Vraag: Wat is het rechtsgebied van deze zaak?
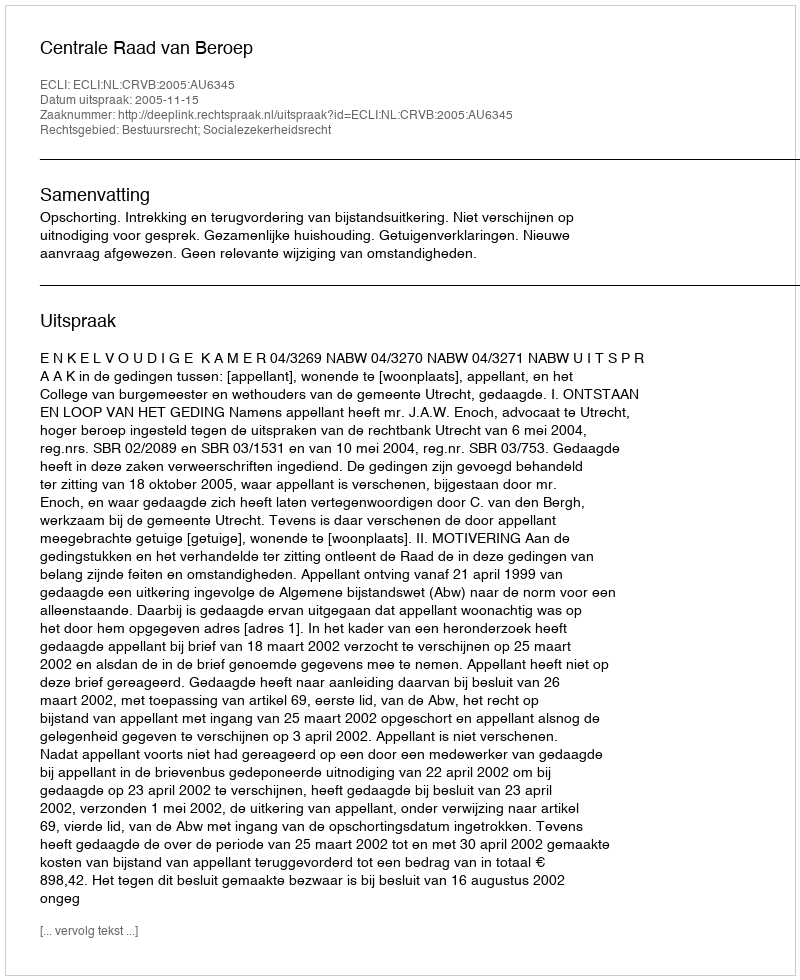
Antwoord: Bestuursrecht; Socialezekerheidsrecht